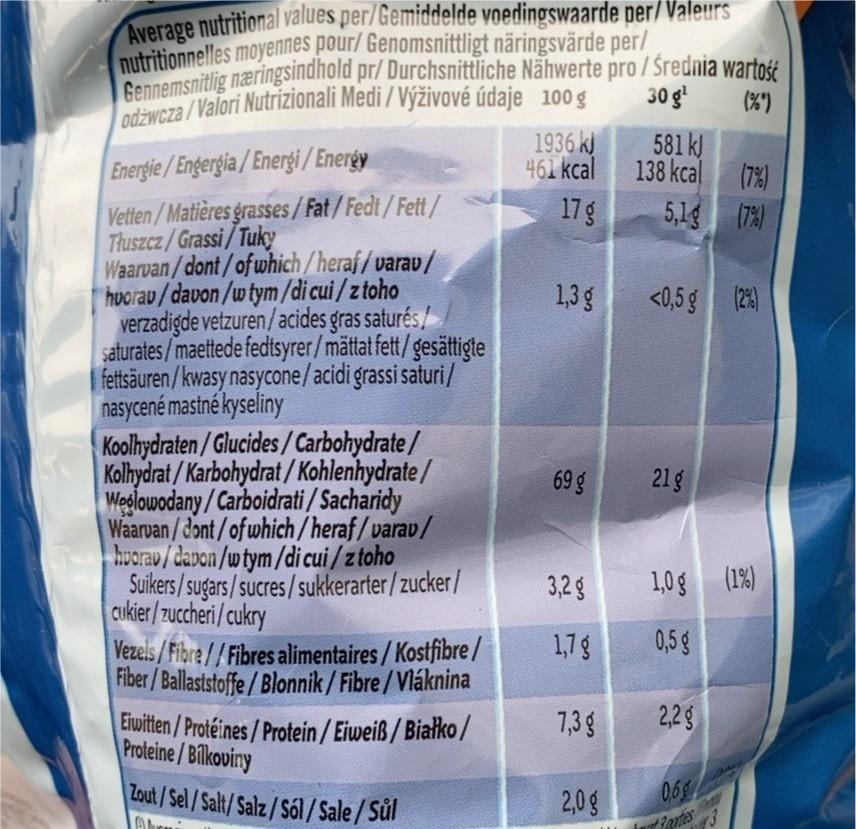
Average nutritional values per/Gemiddelde voedingswaarde per/Valeurs nutritionnelles moyennes pour/ Genomsnittligt näringsvärde per/ Gennemsnitlig næringsindhold pr/ Durchsnittliche Nähwerte pro/ Średnia wartość
|odżwcza /Valori Nutrizionali Medi / Výživové údaje 100 g
30 g'
(%)
1936 kJ 461 kcal
581 kJ
Energie/Engergia/Energi/ Energy
138 kcal
(7%)
Vetten/Matières grasses/Fat/Fedt/Fett/ Thuszcz/Grassi/Tuky Waarvan/dont/of which/heraf/varav/ hoorav /davon/w tym/di cui/z toho verzadigde vetzuren/acides gras saturés// saturates/maettede fedtsyrer/mättat fett/gesättigte fettsäuren/kwasy nasycone/acidi grassi saturi/ nasycené mastné kyseliny Koolhydraten/Glucides/Carbohydrate/ Kolhydrat / Karbohydrat / Kohlenhydrate / Wedlowodany/Carboidrati / Sacharidy Waarvan/dont/of which/heraf/varav/ huorav/dapon /w tym/di cui / z toho Suikers/sugars/sucres/sukkerarter/zucker/ cukier/zuccheri/cukry
17g
5,1g (7)
1,3g
<0,5g (2)
69 g
21g
3,2 g
1,0g (1%)
1,7g
0,5 g
Vezels/Fibre//Fibres alimentaires/ Kostfibre/ Fiber/Ballaststoffe/Blonnik / Fibre/Vláknina
7,3 g
2,2g
Eiwitten/Protéines/Protein / Eiweiß / Białko/ Proteine/Bilkoviny
Zout/Sel/Salt/Salz/Sól /Sale/Sůl
069
2,0g
Raxtes